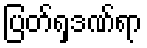
ပြတ်ရှဒဏ်ရာ